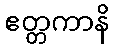
ဧတ္တကာနိ